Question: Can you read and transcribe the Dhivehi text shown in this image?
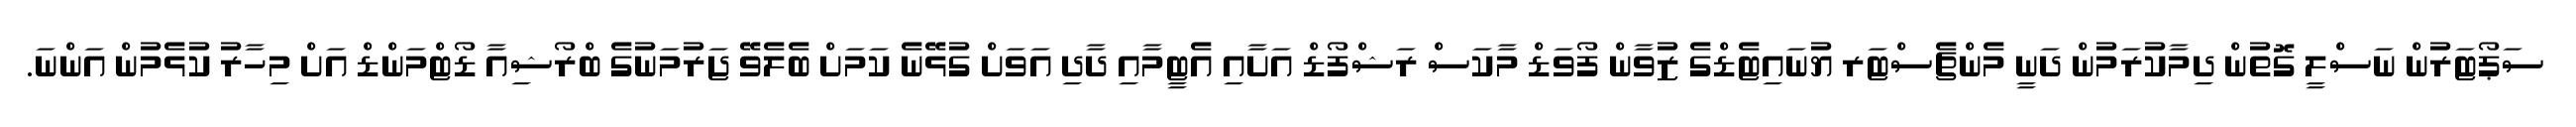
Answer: ސަޕޯޓަރުން ނަސްލީ ގޮތުން ދިމާކުރަމުން ދަނީ މެންޗެސްޓަރ ޔުނައިޓެޑްގެ ޒުވާން ފޯވަޑް މާކަސް ރަޝްފޯޑް އަށާއި އެޓީމާއި ދާދި އަވަށް ގުޅޭނެ ކަމަށް ބެލެވޭ ޖަރުމަނުގެ ބްރޯޝިއާ ޑޯޓްމަންޑް އަށް މިހާރު ކުޅެމުން އަންނަ.